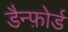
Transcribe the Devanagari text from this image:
डैन्फ़ोर्ड